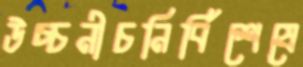
উচ্চনীচনির্বিশেষে